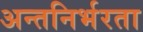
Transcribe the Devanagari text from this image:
अन्तनिर्भरता